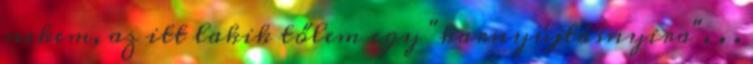
nekem, az itt lakik tőlem egy "karnyújtásnyira". . .